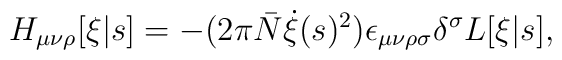
H_{\mu\nu\rho}[\xi|s] = -(2\pi \bar{N} \dot{\xi}(s)^2)   \epsilon_{\mu\nu\rho\sigma} \delta^\sigma L[\xi|s],